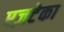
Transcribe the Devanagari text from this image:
एज़टेका